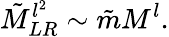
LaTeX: \tilde{M}_{LR}^{l^{2}}\sim\tilde{m}M^{l}.